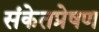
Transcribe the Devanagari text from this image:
संकेतप्रेषण